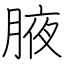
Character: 腋